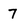
Character: 7